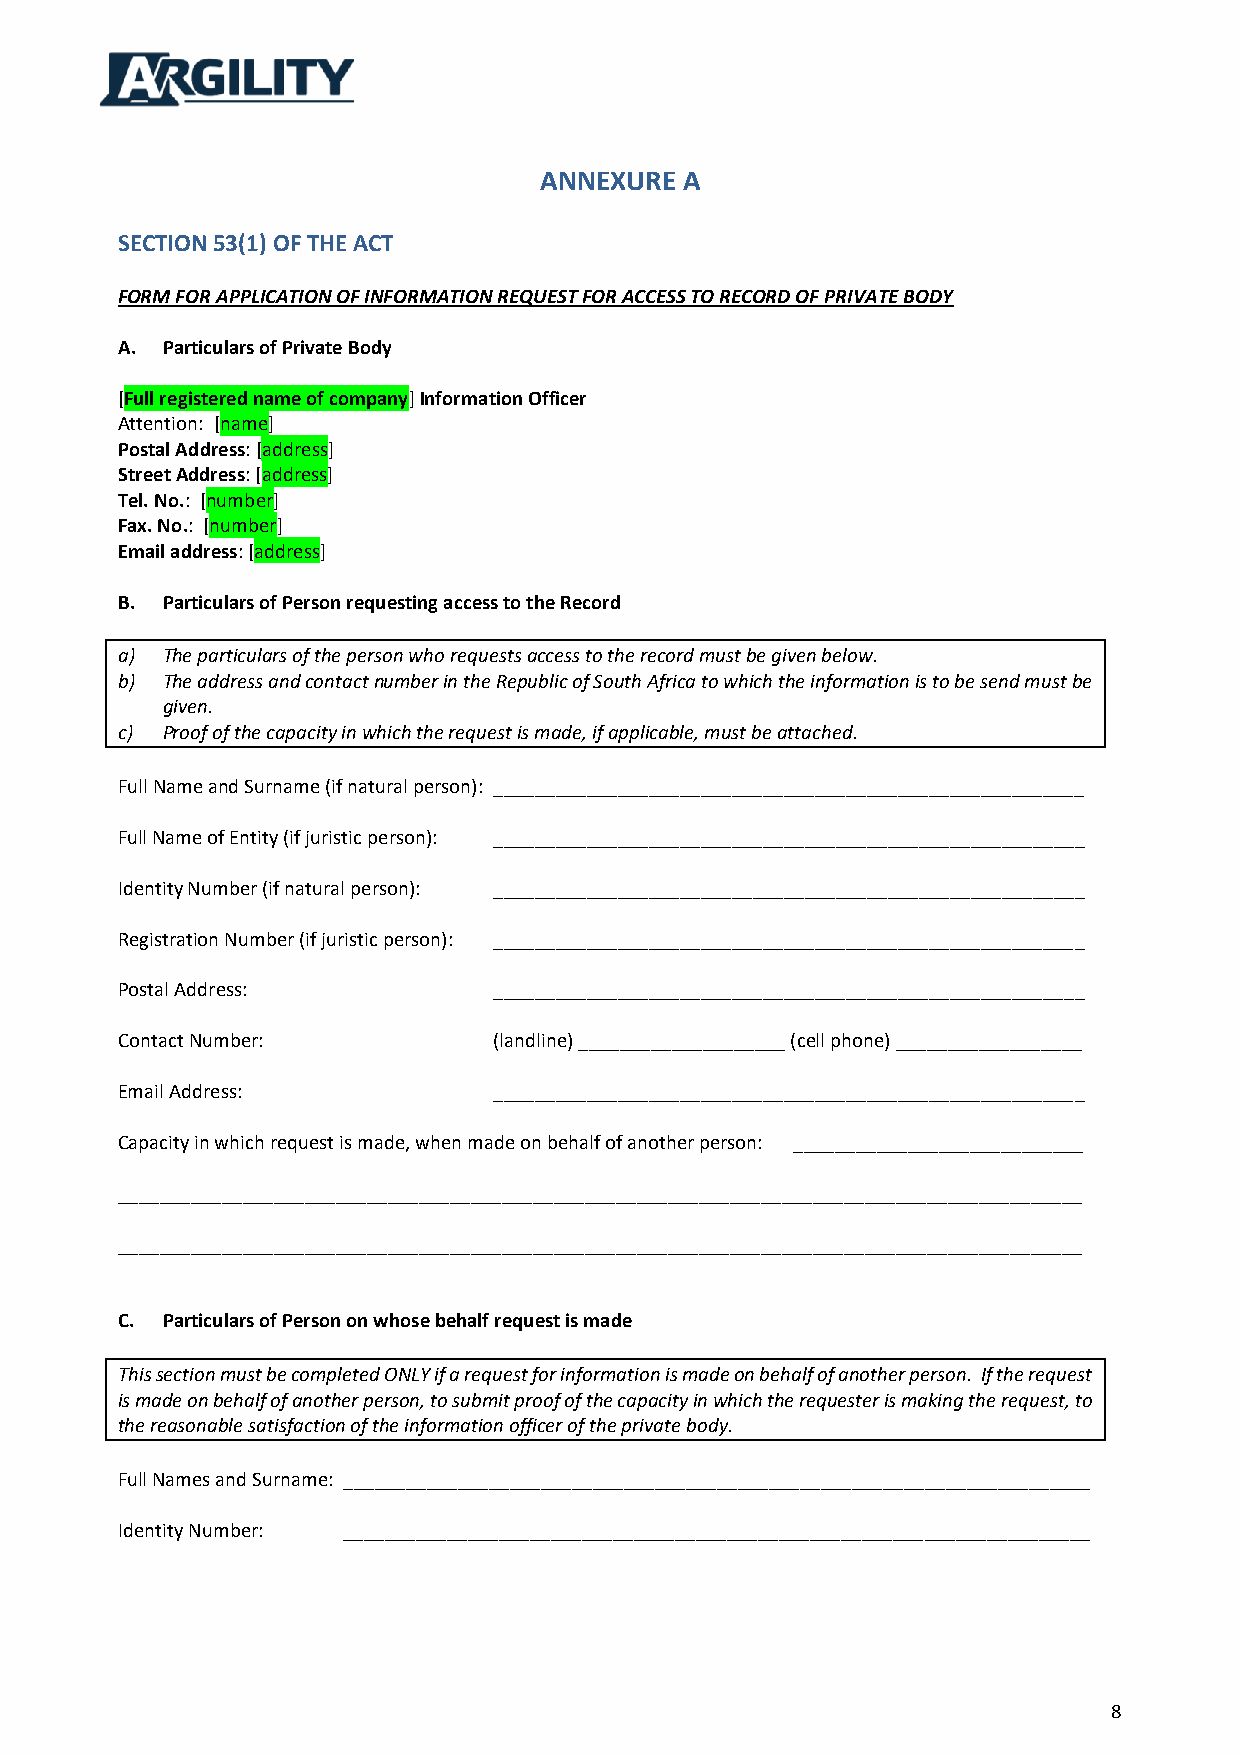
ANNEXURE A
 SECTION 53(1) OF THE ACT
 FORM FOR APPLICATION OF INFORMATION REQUEST FOR ACCESS TO RECORD OF PRIVATE BODY
 A. Particulars of Private Body
 [Full registered name of company] Information Officer
 Attention: [name]
 Postal Address: [address]
 Street Address: [address]
 Tel. No.: [number]
 Fax. No.: [number]
 Email address: [address]
 B. Particulars of Person requesting access to the Record
 a) The particulars of the person who requests access to the record must be given below.
 b) The address and contact number in the Republic of South Africa to which the information is to be send must be
 given.
 c) Proof of the capacity in which the request is made, if applicable, must be attached.
 Full Name and Surname (if natural person): _________________________________________________________
 Full Name of Entity (if juristic person): _________________________________________________________
 Identity Number (if natural person): _________________________________________________________
 Registration Number (if juristic person): _________________________________________________________
 Postal Address:          _________________________________________________________
 Contact Number:          (landline) ____________________ (cell phone) __________________
 Email Address:           _________________________________________________________
 Capacity in which request is made, when made on behalf of another person: ____________________________
 _____________________________________________________________________________________________
 _____________________________________________________________________________________________
 C. Particulars of Person on whose behalf request is made
 This section must be completed ONLY if a request for information is made on behalf of another person. If the request
 is made on behalf of another person, to submit proof of the capacity in which the requester is making the request, to
 the reasonable satisfaction of the information officer of the private body.
 Full Names and Surname: ________________________________________________________________________
 Identity Number: ________________________________________________________________________
 8